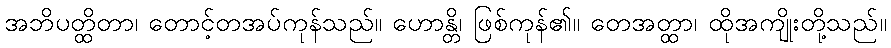
အဘိပတ္ထိတာ၊ တောင့်တအပ်ကုန်သည်။ ဟောန္တိ၊ ဖြစ်ကုန်၏။ တေအတ္ထာ၊ ထိုအကျိုးတို့သည်။